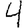
Digit: 4